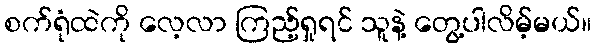
စက်ရုံထဲကို လေ့လာ ကြည့်ရှုရင် သူနဲ့ တွေ့ပါလိမ့်မယ်။